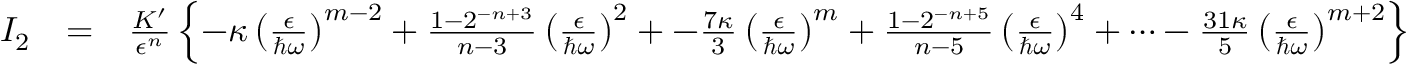
\begin{array} { r l r } { I _ { 2 } } & { = } & { \frac { K ^ { \prime } } { \epsilon ^ { n } } \left\{ - \kappa \left( \frac { \epsilon } { \hbar \omega } \right) ^ { m - 2 } + \frac { 1 - 2 ^ { - n + 3 } } { n - 3 } \left( \frac { \epsilon } { \hbar \omega } \right) ^ { 2 } + - \frac { 7 \kappa } { 3 } \left( \frac { \epsilon } { \hbar \omega } \right) ^ { m } + \frac { 1 - 2 ^ { - n + 5 } } { n - 5 } \left( \frac { \epsilon } { \hbar \omega } \right) ^ { 4 } + \cdots - \frac { 3 1 \kappa } { 5 } \left( \frac { \epsilon } { \hbar \omega } \right) ^ { m + 2 } \right\} } \end{array}